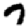
Digit: 7